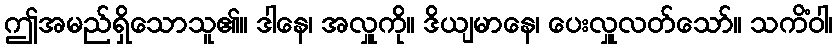
ဤအမည်ရှိသောသူ၏။ ဒါနေ၊ အလှူကို။ ဒိယျမာနေ၊ ပေးလှူလတ်သော်။ သကိံဝါ၊